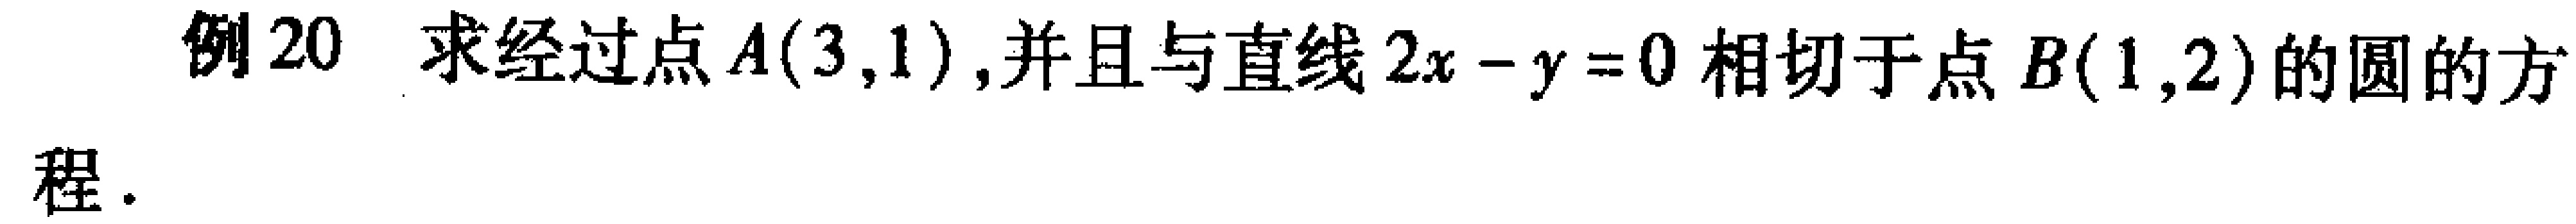
例20 求经过点\(A(3,1)\),并且与直线\(2x - y = 0\)相切于点\(B(1,2)\)的圆的方程.